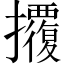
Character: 𢺁